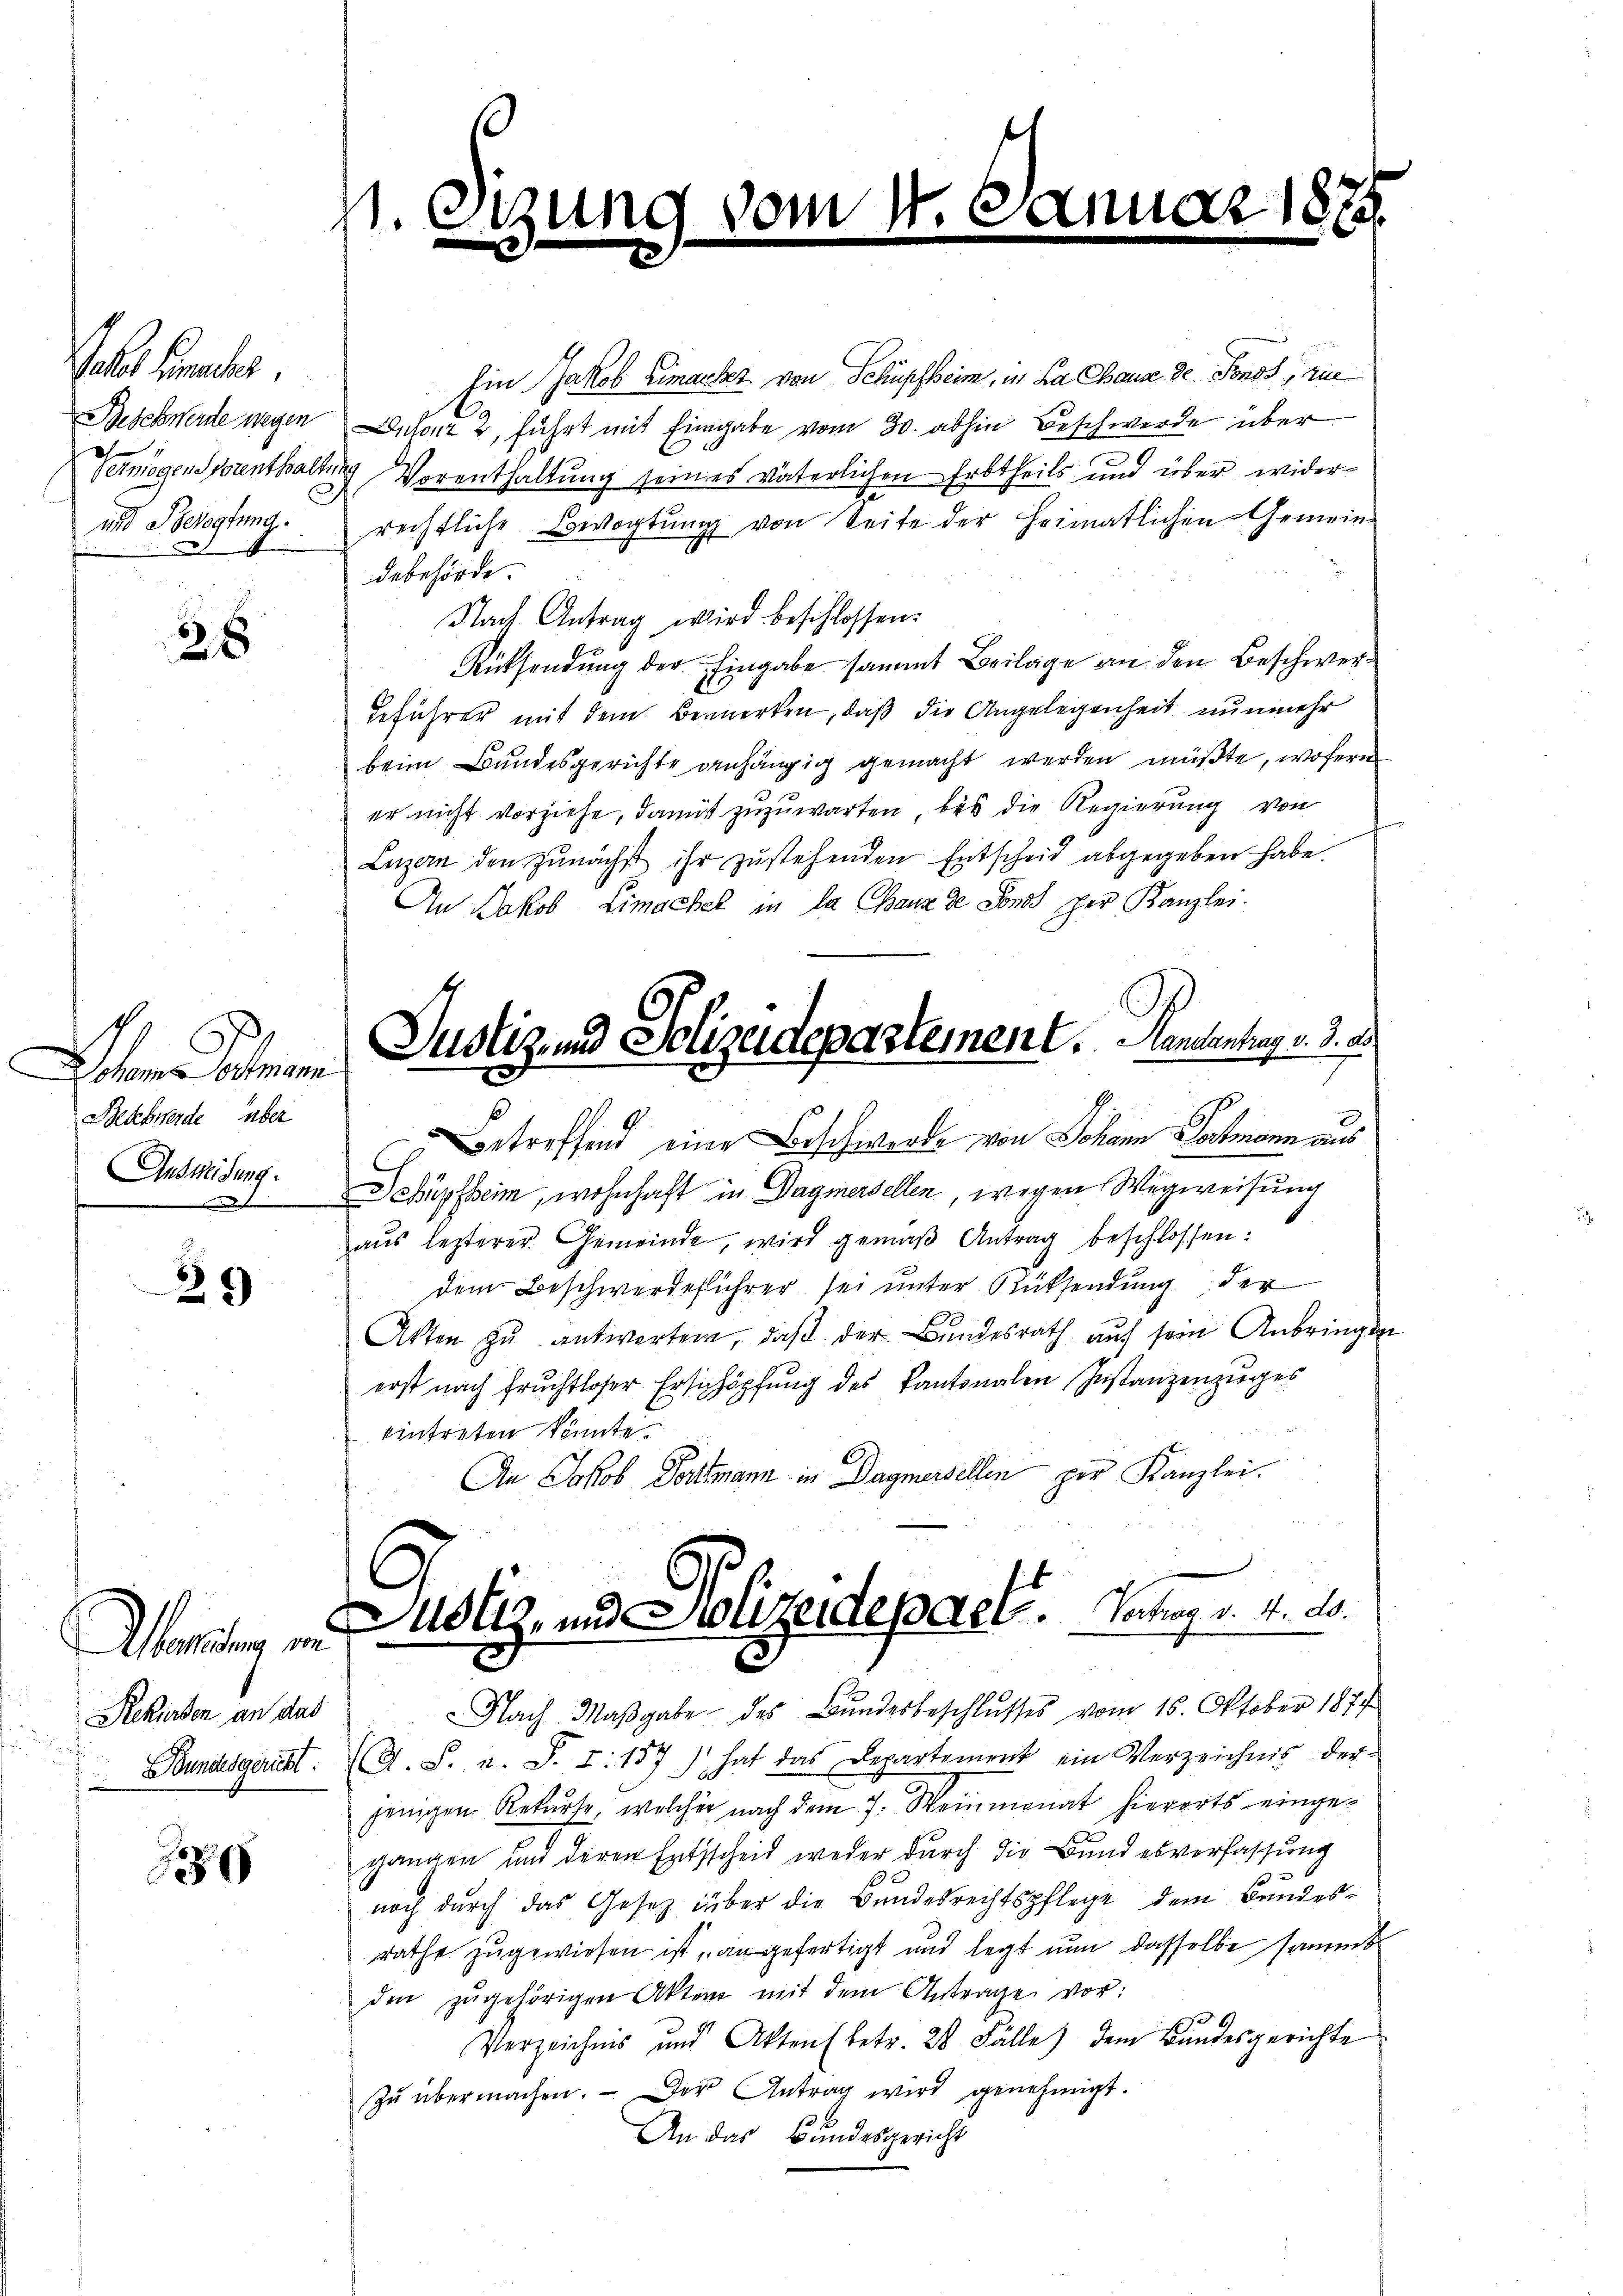
Jales nachter.
Beschwerde wegen
Vermögens prenthalt.
und Bevogtung

28

Aen ohnen
Beschwerde über
Answeisung.
u

29

Aemten an
Rekursen an das
Bundesgericht.

180

11. Di
e

1

Ein Jakob Limackt von Schüpfheim, in da Chaus de Fonds, zue¬
Dutour 2, führt mit Eingabe vom 30. abhin Beschwerde über
g Vorenthaltung seines väterlichen Erbtheils und über widerrechtliche Bevogtung von Seite der Heimatlichen Gemeindebehörde
Nach Antrag wird beschlossen:
Rücksendung der Eingabe sammt Beilage an den Beschwer¬
Geführer mit dem Bemerken, daß die Angelegenheit nunmehr
beim Bundesgerichte anhängig gemacht werden müßte, wofern
er nicht vorziehe, damit zuzuwarten, bis die Regierung von
Luzern den zunächst ihr zustehenden Entscheid abgegeben habe.
An Jakob Limachel in da Chaux de Sonst per Kanzlei.
2
Betreffend eine Beschwerde von Johann Portmann aus
Schüpfheim, wohnhaft in Dagmersellen, wegen Wegweisung
aŭs lezterer Gemeinde, wird gemäβ Antrag beschlossen:
dem Beschwerdeführer sei unter Rücksendung der
Akten zu antworten, daß der Bundesrath auf sein Anbringen
erst nach Fruchtloser Erschöpfŭng des Kantonalen Instanzenzuges
eintreten könnte.
An Jakob Dortmann in Dagmersellen zur Kanzlei.
olz- und Polizeidepaeh. Vortrag v. 4. ds.
Nach Maβgabe des Bundesbeschlŭsses vom 16. Oktober 1877
A. S. u. S. I. 157) hat das Departement ein Verzeichnis der-
jenigen Rekurse, welcher nach dem 7. Weinmonat hierorts eingegangen und deren Entscheid weder durch die Bundesverfassung
noch durch das Gesetz über die Bundesrechtspflege dem Bundesrathe zugewiesen ist angefertigt und legt nun dasselbe sammt
den zŭgehörigen Akten mit dem Antrage vor:
Verzeichnis und Akten (betr. 28 Fälle) dem Bundesgerichte
Zu übermachen. — Der Antrag wird genehmigt.
1
An das Bundesgericht

s

d

m N. 6.

Justiz und Polizeidepartement. Mandantung v. 3. d.